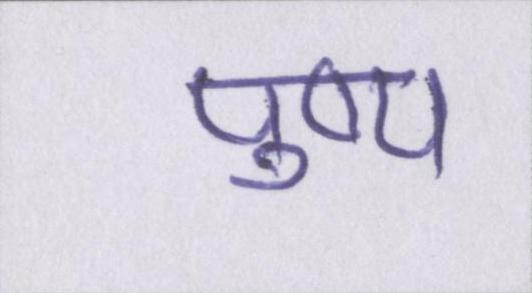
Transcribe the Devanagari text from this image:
पुष्प